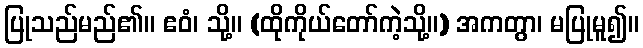
ပြုသည်မည်၏။ ဧဝံ၊ သို့။ (ထိုကိုယ်တော်ကဲ့သို့။) အကတွာ၊ မပြုမူ၍။